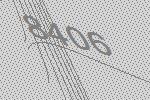
8406